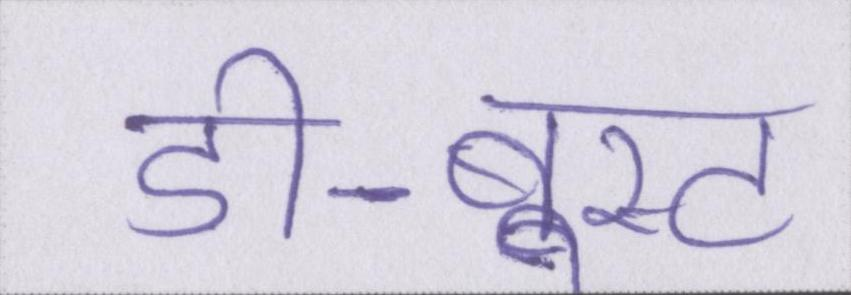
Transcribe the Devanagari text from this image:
डी-बूस्ट